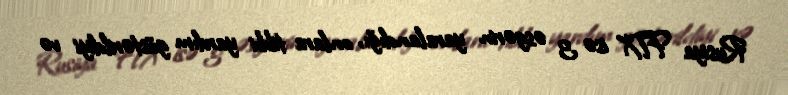
Rusiya FTX isə 3 əsgərin yaralandığı, onlara tibbi yardım göstərildiyi və